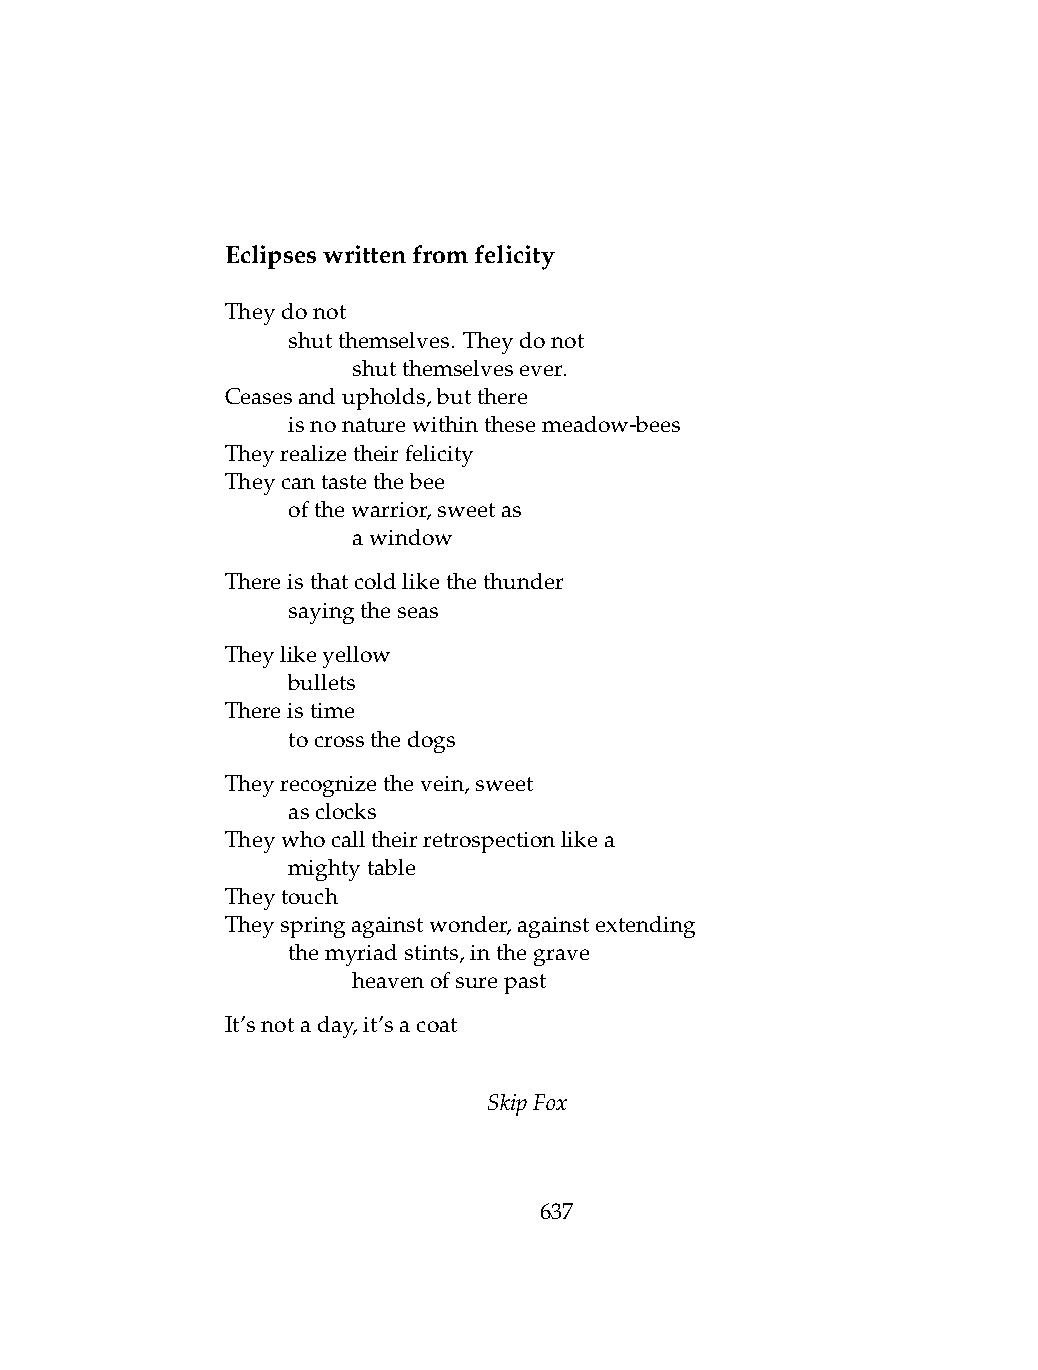
Eclipseswrittenfromfelicity
 Theydonot
 .   shutthemselves. Theydonot
 .   .   shutthemselvesever.
 Ceasesandupholds,butthere
 .   isnonaturewithinthesemeadow-bees
 Theyrealizetheirfelicity
 Theycantastethebee
 .   ofthewarrior,sweetas
 .   .   awindow
 Thereisthatcoldlikethethunder
 .   sayingtheseas
 Theylikeyellow
 .   bullets
 Thereistime
 .   tocrossthedogs
 Theyrecognizethevein,sweet
 .   asclocks
 Theywhocalltheirretrospectionlikea
 .   mightytable
 Theytouch
 Theyspringagainstwonder,againstextending
 .   themyriadstints,inthegrave
 .   .   heavenofsurepast
 It’snotaday,it’sacoat
 SkipFox
 637